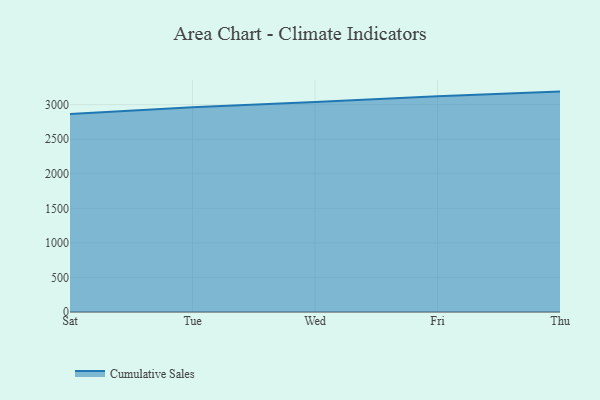
{"axis": {"x": "Day", "y": "Gross Profit (USD K)"}, "legend": ["Cumulative Sales"], "data": [{"x": "Sat", "y": 2866.4, "type": "Cumulative Sales"}, {"x": "Tue", "y": 2963.8, "type": "Cumulative Sales"}, {"x": "Wed", "y": 3037.7, "type": "Cumulative Sales"}, {"x": "Fri", "y": 3121.7, "type": "Cumulative Sales"}, {"x": "Thu", "y": 3189.1, "type": "Cumulative Sales"}]}